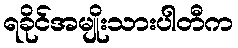
ရခိုင်အမျိုးသားပါတီက